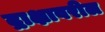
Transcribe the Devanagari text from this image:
द्राक्षावरील